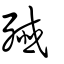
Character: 殲